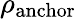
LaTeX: \rho_{\mathrm{anchor}}